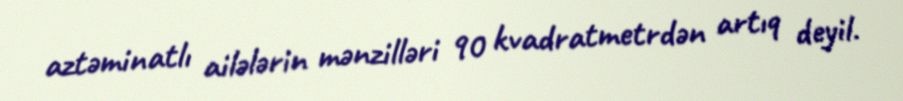
aztəminatlı ailələrin mənzilləri 90 kvadratmetrdən artıq deyil.